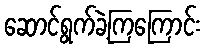
ဆောင်ရွက်ခဲ့ကြကြောင်း